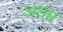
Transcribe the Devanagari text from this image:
अतप्त